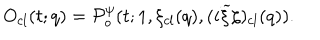
O _ { c l } ( t ; q ) = { \cal P } _ { o } ^ { \psi } ( t ; 1 , \xi _ { c l } ( q ) , ( i { \widetilde \xi } \zeta ) _ { c l } ( q ) ) .